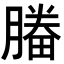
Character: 𣎒